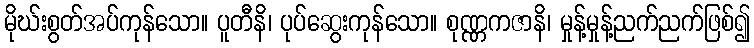
မိုဃ်းစွတ်အပ်ကုန်သော။ ပူတီနိ၊ ပုပ်ဆွေးကုန်သော။ စုဏ္ဏကဇာနိ၊ မှုန့်မှုန့်ညက်ညက်ဖြစ်၍